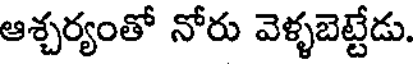
ఆశ్చర్యంతో నోరు వెళ్ళబెట్టేడు.